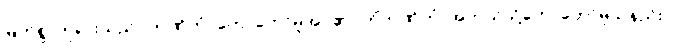
မြတ်စွာဘုရားသည်။ ဘဏိတံ၊ ဟောတော်မူအပ်၏။ ကိံဘဏိတံ၊ အဘယ်သို့ဟောတော်မူသနည်း။